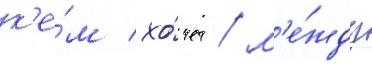
к'е́м хо́чет / м'е́жду